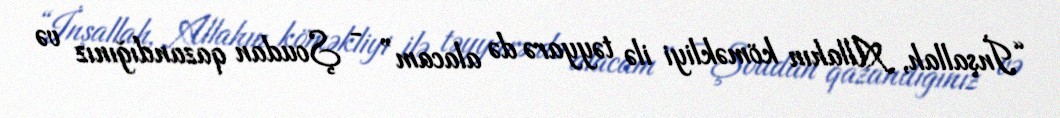
“İnşallah, Allahın köməkliyi ilə təyyarə də alacam” - Şoudan qazandığınız və